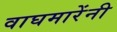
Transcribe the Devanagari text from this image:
वाघमारेंनी